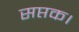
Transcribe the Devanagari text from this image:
सप्तक।